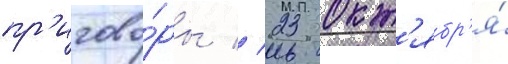
пр'игово́ры // 23 окт'ябр'я́